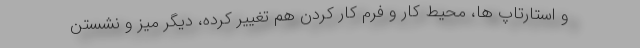
و استارتاپ ها، محیط کار و فرم کار کردن هم تغییر کرده، دیگر میز و نشستن